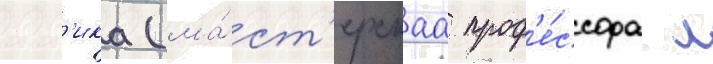
вг'ика (ма́ст'ерскаа проф'е́ссора л